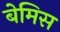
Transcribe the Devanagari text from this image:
बेमिस